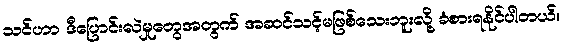
သင်ဟာ ဒီပြောင်းလဲမှုတွေအတွက် အဆင်သင့်မဖြစ်သေးဘူးလို့ ခံစားရနိုင်ပါတယ်။